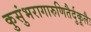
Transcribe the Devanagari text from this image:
कुसुंभरागारुणितैर्दुकूलैः